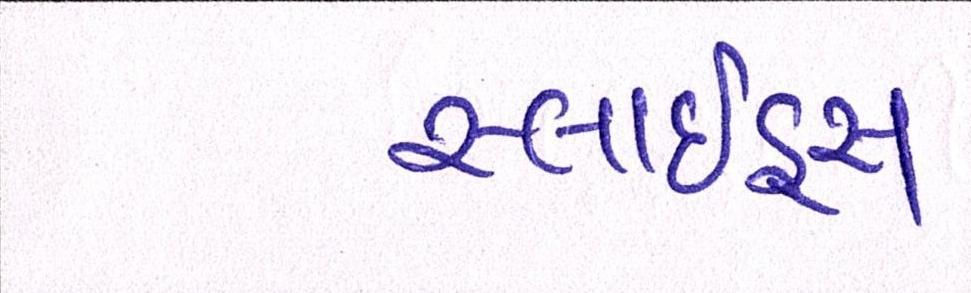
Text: સ્લાઇડ્સ